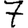
Digit: 7